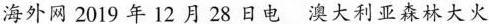
海外网 2019 年 12 月 28 日电 澳大利亚森林大火